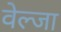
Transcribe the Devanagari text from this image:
वेल्जा